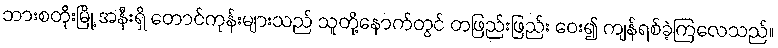
ဘားစတိုးမြို့ အနီးရှိ တောင်ကုန်းများသည် သူတို့နောက်တွင် တဖြည်းဖြည်း ဝေး၍ ကျန်ရစ်ခဲ့ကြလေသည်။